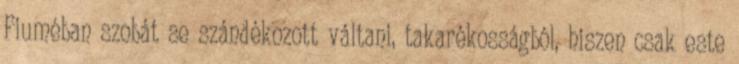
Fiuméban szobát se szándékozott váltani, takarékosságból, hiszen csak este